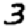
Digit: 3